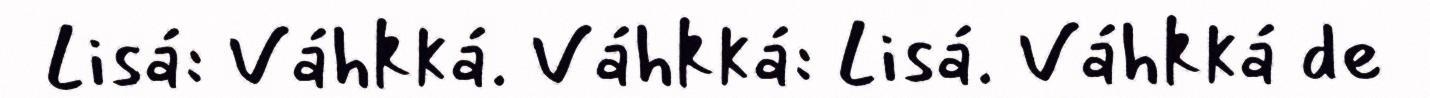
Lisá: Váhkká. Váhkká: Lisá. Váhkká de